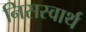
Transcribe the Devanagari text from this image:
निसस्वार्थ